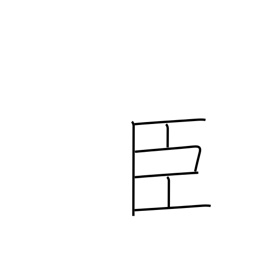
Meaning: retainer